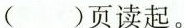
( )页读起。